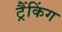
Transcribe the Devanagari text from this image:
ट्रैंकिंग